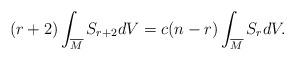
LaTeX: \begin{align*} (r+2)\int_{\overline{M}}S_{r+2}dV=c(n-r)\int_{\overline{M}}S_{r}dV.\end{align*}